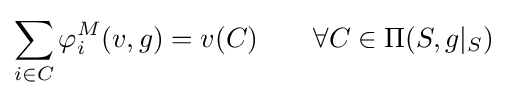
\sum _{i\in C}\varphi _{i}^{M}(v,g)=v(C)\ \ \ \ \ \ \forall C\in \Pi (S,g|_{S})